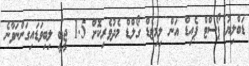
ޑަބްލިޔު ޕޯސްޓް ޕެއިޑް އަން ލިމިޓެޑް ގޯލްޑް މެދުވެރިކޮށް 1.5 ޖީބީ ލިބިވަޑައިގަންނަވާނެ